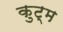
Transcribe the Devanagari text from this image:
कुट्म